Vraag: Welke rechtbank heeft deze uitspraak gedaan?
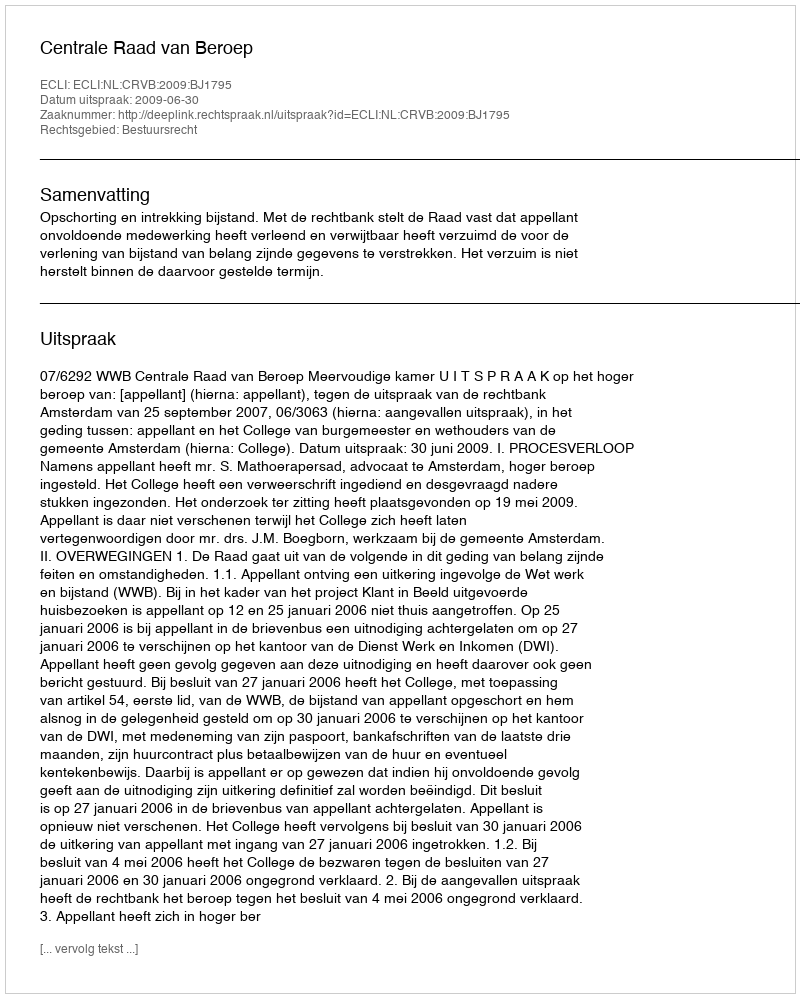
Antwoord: Centrale Raad van Beroep